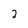
Character: 2